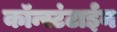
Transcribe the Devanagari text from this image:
कॉन्स्टंटाईन